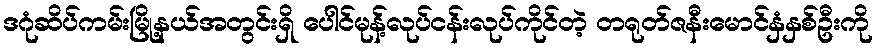
ဒဂုံဆိပ်ကမ်းမြို့နယ်အတွင်းရှိ ပေါင်မုန့်လုပ်ငန်းလုပ်ကိုင်တဲ့ တရုတ်ဇနီးမောင်နှံနှစ်ဦးကို